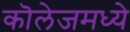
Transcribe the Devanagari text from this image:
कॊलेजमध्ये